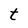
Character: t